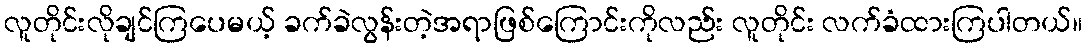
လူတိုင်းလိုချင်ကြပေမယ့် ခက်ခဲလွန်းတဲ့အရာဖြစ်ကြောင်းကိုလည်း လူတိုင်း လက်ခံထားကြပါတယ်။